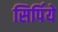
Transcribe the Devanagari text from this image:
सिर्पिये